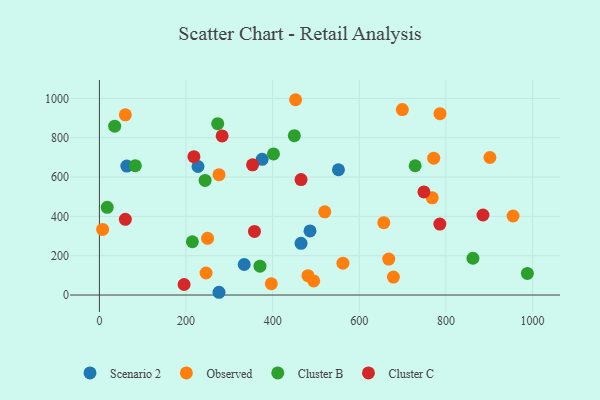
{"axis": {"x": "Speed", "y": "Exam Score"}, "legend": ["Cluster B", "Cluster C", "Observed", "Scenario 2"], "data": [{"x": "63.3", "y": 656.2, "type": "Scenario 2"}, {"x": "465.5", "y": 263.1, "type": "Scenario 2"}, {"x": "227.6", "y": 653.9, "type": "Scenario 2"}, {"x": "334.3", "y": 155.4, "type": "Scenario 2"}, {"x": "551.9", "y": 637.4, "type": "Scenario 2"}, {"x": "276.1", "y": 14.0, "type": "Scenario 2"}, {"x": "486.2", "y": 325.9, "type": "Scenario 2"}, {"x": "375.8", "y": 690.3, "type": "Scenario 2"}, {"x": "494.7", "y": 71.8, "type": "Observed"}, {"x": "768.5", "y": 494.6, "type": "Observed"}, {"x": "668.0", "y": 182.7, "type": "Observed"}, {"x": "699.4", "y": 943.6, "type": "Observed"}, {"x": "562.2", "y": 162.2, "type": "Observed"}, {"x": "249.7", "y": 288.6, "type": "Observed"}, {"x": "481.5", "y": 98.2, "type": "Observed"}, {"x": "246.2", "y": 112.1, "type": "Observed"}, {"x": "656.6", "y": 368.2, "type": "Observed"}, {"x": "955.0", "y": 402.1, "type": "Observed"}, {"x": "520.3", "y": 423.2, "type": "Observed"}, {"x": "396.9", "y": 57.4, "type": "Observed"}, {"x": "901.6", "y": 699.7, "type": "Observed"}, {"x": "7.4", "y": 333.5, "type": "Observed"}, {"x": "771.8", "y": 696.2, "type": "Observed"}, {"x": "276.1", "y": 612.2, "type": "Observed"}, {"x": "678.8", "y": 91.1, "type": "Observed"}, {"x": "59.8", "y": 916.6, "type": "Observed"}, {"x": "786.3", "y": 922.4, "type": "Observed"}, {"x": "452.9", "y": 993.5, "type": "Observed"}, {"x": "862.4", "y": 187.0, "type": "Cluster B"}, {"x": "988.1", "y": 110.1, "type": "Cluster B"}, {"x": "729.0", "y": 657.7, "type": "Cluster B"}, {"x": "450.0", "y": 810.5, "type": "Cluster B"}, {"x": "18.0", "y": 446.3, "type": "Cluster B"}, {"x": "35.2", "y": 859.0, "type": "Cluster B"}, {"x": "82.9", "y": 657.8, "type": "Cluster B"}, {"x": "244.0", "y": 583.1, "type": "Cluster B"}, {"x": "401.9", "y": 717.8, "type": "Cluster B"}, {"x": "370.7", "y": 146.8, "type": "Cluster B"}, {"x": "214.6", "y": 271.0, "type": "Cluster B"}, {"x": "273.1", "y": 871.9, "type": "Cluster B"}, {"x": "749.2", "y": 524.6, "type": "Cluster C"}, {"x": "465.5", "y": 587.5, "type": "Cluster C"}, {"x": "353.6", "y": 662.4, "type": "Cluster C"}, {"x": "195.5", "y": 53.5, "type": "Cluster C"}, {"x": "218.2", "y": 703.7, "type": "Cluster C"}, {"x": "786.0", "y": 361.0, "type": "Cluster C"}, {"x": "283.3", "y": 809.4, "type": "Cluster C"}, {"x": "59.9", "y": 384.9, "type": "Cluster C"}, {"x": "885.6", "y": 407.1, "type": "Cluster C"}, {"x": "358.0", "y": 323.6, "type": "Cluster C"}]}